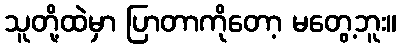
သူတို့ထဲမှာ ပြာတာကိုတော့ မတွေ့ဘူး။